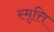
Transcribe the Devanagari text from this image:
स्मृत्ति